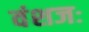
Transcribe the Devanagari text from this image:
वंशजः